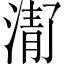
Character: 𬈚